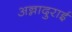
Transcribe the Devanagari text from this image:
अन्नादुराई